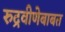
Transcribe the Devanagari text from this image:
रुद्रवीणेबाबत